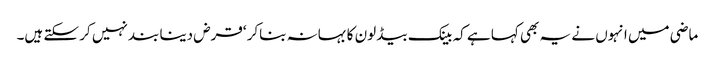
ماضی میں انہوں نے یہ بھی کہا ہے کہ بینک بیڈ لون کا بہانہ بناکر ‘قرض دینا بند نہیں کر سکتے ہیں۔